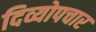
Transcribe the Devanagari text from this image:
दिव्योपचार